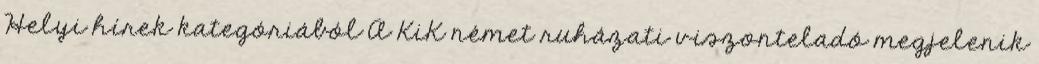
Helyi hírek kategóriából A KiK német ruházati viszonteladó megjelenik